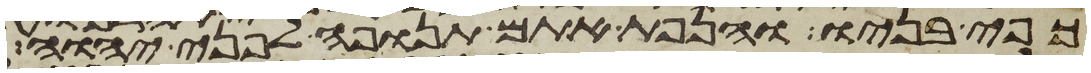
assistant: כפי בניו והנפת אתם תנופה לפני יהוה